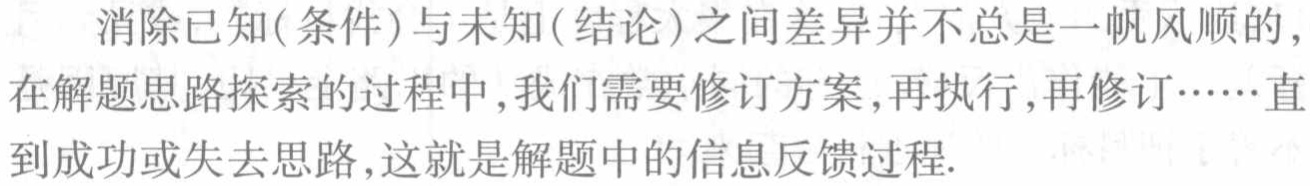
消除已知(条件)与未知(结论)之间差异并不总是一帆风顺的,在解题思路探索的过程中,我们需要修订方案,再执行,再修订……直到成功或失去思路,这就是解题中的信息反馈过程.